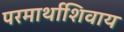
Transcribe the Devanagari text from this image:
परमार्थाशिवाय